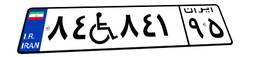
۲۲W۰۷۶۶۰